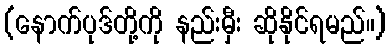
(နောက်ပုဒ်တို့ကို နည်းမှီး ဆိုနိုင်ရမည်။)